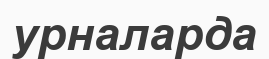
урналарда